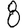
Digit: 8